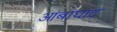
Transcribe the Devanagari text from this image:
आंबाघाट